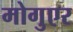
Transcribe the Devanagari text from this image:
मोगुएर